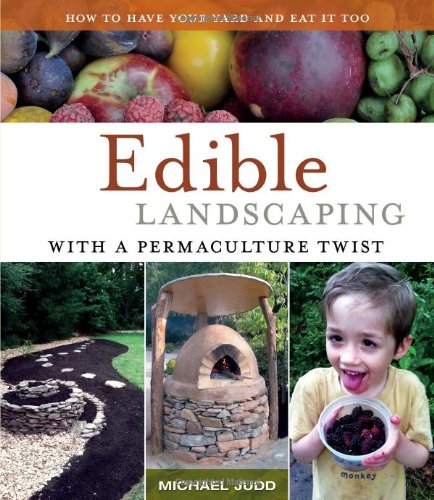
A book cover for Edible Landscaping with a Permaculture Twist: How to Have Your Yard and Eat It Too; Michael Judd; Crafts, Hobbies & Home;